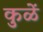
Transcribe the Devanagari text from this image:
कुळें